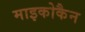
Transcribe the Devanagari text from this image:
माइकोकैन